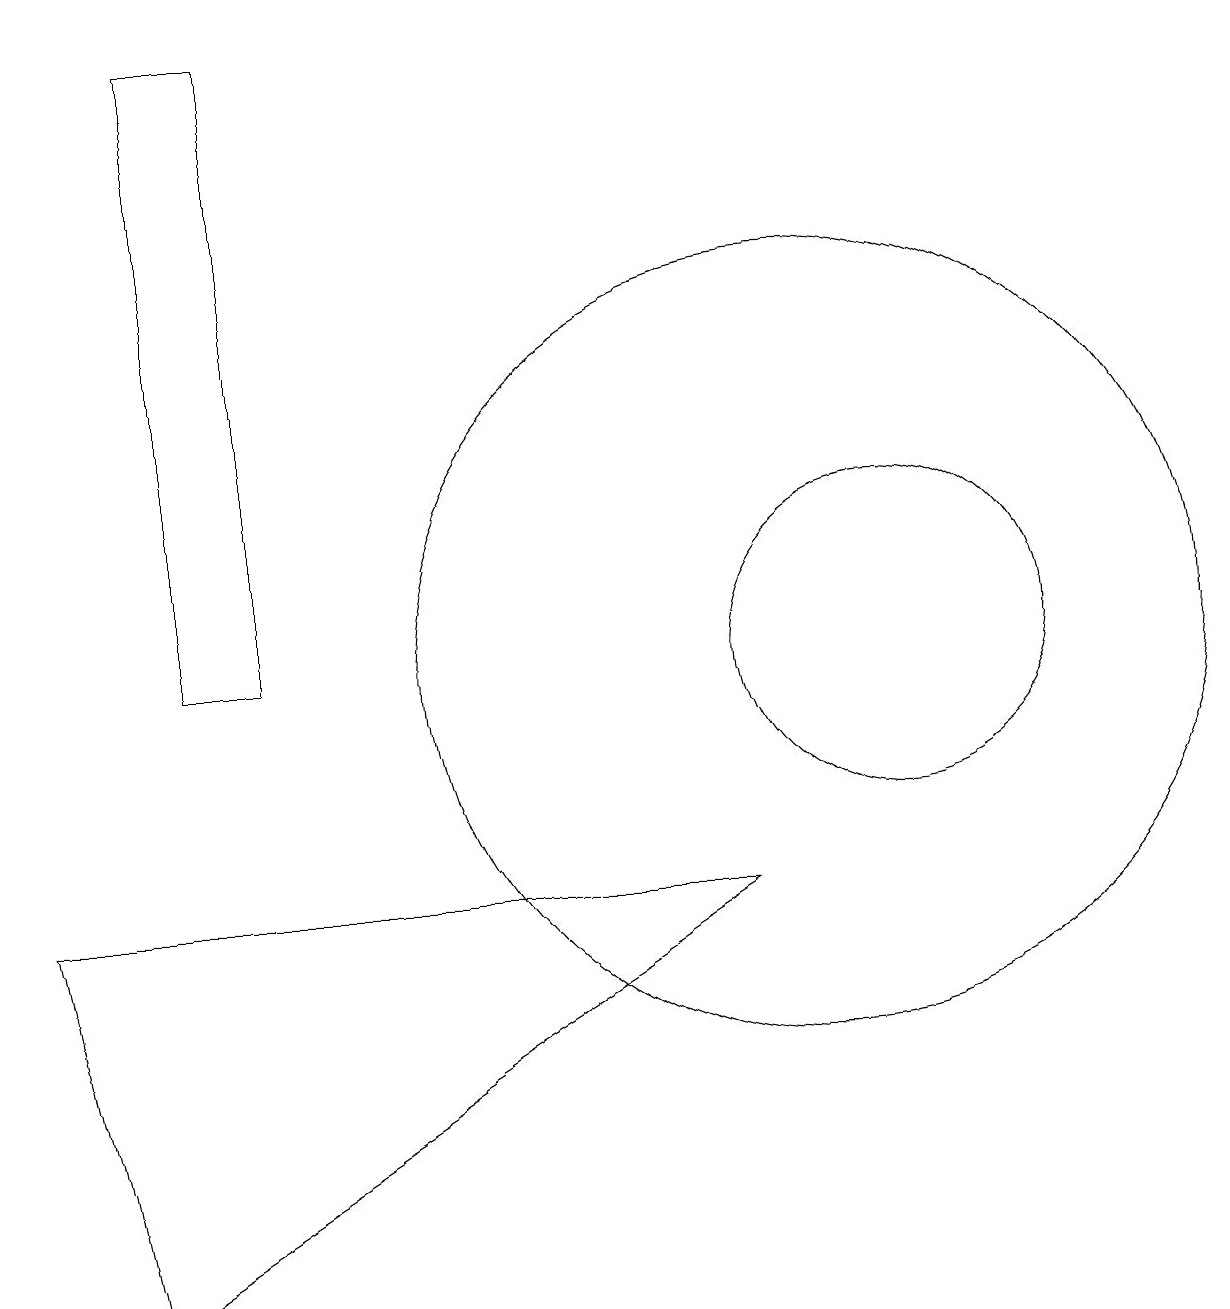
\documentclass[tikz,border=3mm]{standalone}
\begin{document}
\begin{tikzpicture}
\draw (9,8) -- (0,8) -- (1,3) -- cycle;
\draw (10,11) circle (5);
\draw (2,11) rectangle (3,19);
\draw (11,11) circle (2);
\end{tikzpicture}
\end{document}